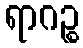
ရာဂဉ္စ